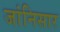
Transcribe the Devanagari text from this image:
जांनिसार